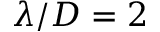
\lambda / D = 2